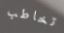
تخاطب